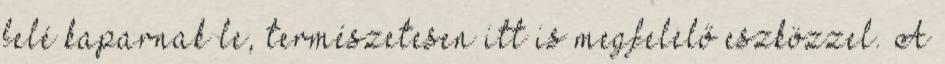
felé kaparnak le, természetesen itt is megfelelő eszközzel. A